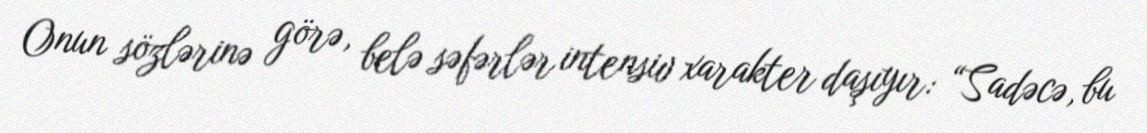
Onun sözlərinə görə, belə səfərlər intensiv xarakter daşıyır: “Sadəcə, bu